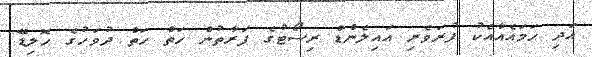
އަދި ހަމައެއާއެކު ފުރަވެރި އައިލެންޑް ރިސޯޓުގެ ފަރާތުން ހަތް ހަތް ދުވަހުގެ ހޮލިޑޭ